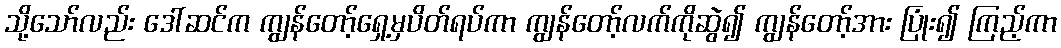
သို့သော်လည်း ဒေါ်ဆင်က ကျွန်တော့်ရှေ့မှပိတ်ရပ်ကာ ကျွန်တော့်လက်ကိုဆွဲ၍ ကျွန်တော့်အား ပြုံး၍ ကြည့်ကာ